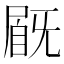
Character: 𡲽